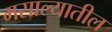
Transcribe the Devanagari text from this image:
मसाल्यातील